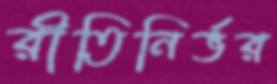
রীতিনির্ভর